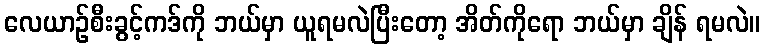
လေယာဉ်စီးခွင့်ကဒ်ကို ဘယ်မှာ ယူရမလဲပြီးတော့ အိတ်ကိုရော ဘယ်မှာ ချိန် ရမလဲ။